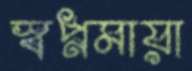
স্বপ্নমায়া